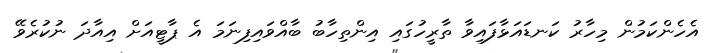
އެހެންކަމުން މިހާރު ކަނޑައަޅާފައިވާ ތާރީހުގައި އިންތިހާބު ބާއްވައިފިނަމަ އެ ޕާޓީއަށް އިއާދަ ނުކުރެވޭ